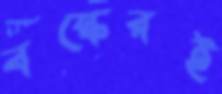
বস্কেরই